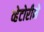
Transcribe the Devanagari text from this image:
व्हेटोरीने